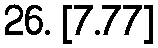
26. [7.77]